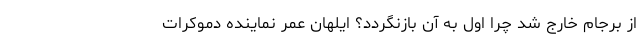
از برجام خارج شد چرا اول به آن بازنگردد؟ ایلهان عمر نماینده دموکرات